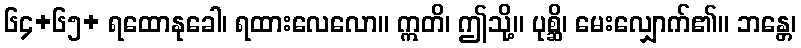
၆၄+၆၅+ ရထောနုခေါ၊ ရထားလေလော။ ဣတိ၊ ဤသို့။ ပုစ္ဆိ၊ မေးလျှောက်၏။ ဘန္တေ၊